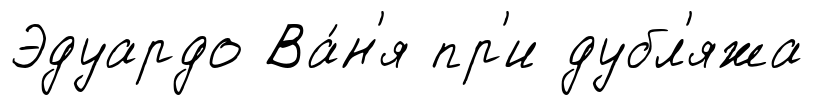
Эдуардо Ва́н'я пр'и дубл'яжа